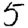
Digit: 5